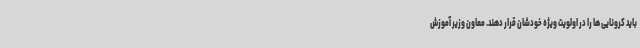
باید کرونایی ها را در اولویت ویژه خودشان قرار دهند. معاون وزیر آموزش